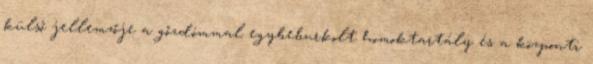
külső jellemzője a gőzdómmal egybeburkolt homoktartály és a központi